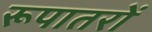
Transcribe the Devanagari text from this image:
रूपातरों